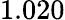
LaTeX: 1.020